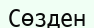
Сөзден